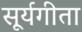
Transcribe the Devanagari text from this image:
सूर्यगीता